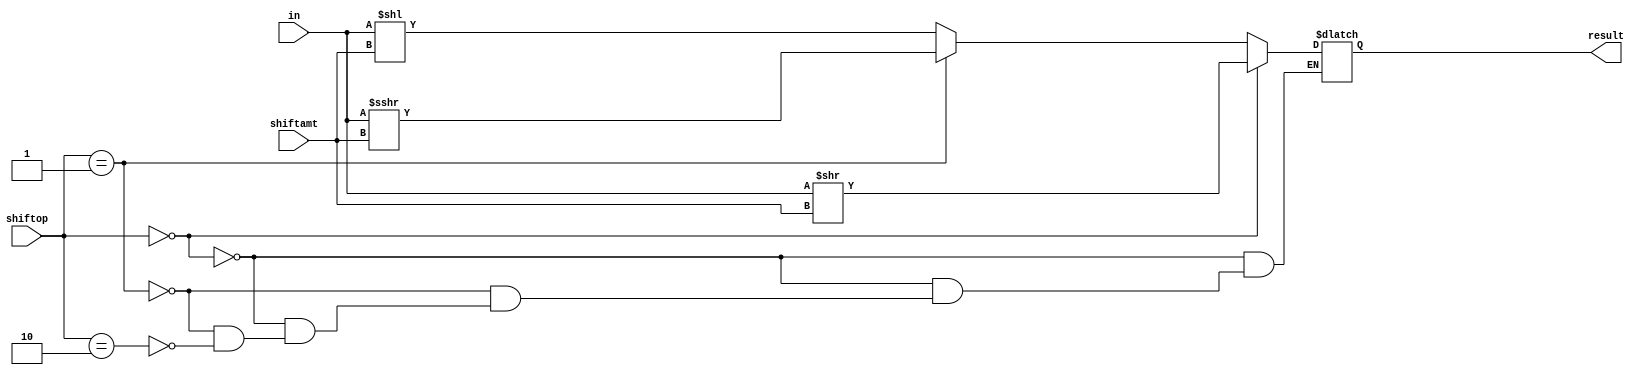
/**
*Organizao de Computadores II - UFMG 2014/1
*Grupo 4 - {Junio Cezar, Gabriel Miranda, Rafael Almeida, Leandro Noman, Pedro Thomas}
*MIPS Pipeline - Simplificado
*/

module Shifter (
	input	[31:0]	in,			//Valor a ser shiftado
	input	[1:0]	shiftop,	//Indica o tipo de shift que sera feito
	input	[4:0]	shiftamt,	//Quantos bits serao deslocados
	output reg	[31:0]	result		//Resultado
);

	always@(in or shiftop or shiftamt) begin
		if(shiftop == 0) begin //shift logico para a direita
			result = in >> shiftamt;
		end
		else if(shiftop == 1) begin //shift aritimetico para a direita
			result = $signed(in) >>> shiftamt;
		end
		else if(shiftop == 2) begin //shift logico para a esquerda
			result = in << shiftamt;
		end
	end

endmodule